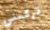
تركتنى